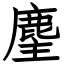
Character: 麈